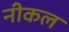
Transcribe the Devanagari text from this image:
नीकल